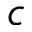
c